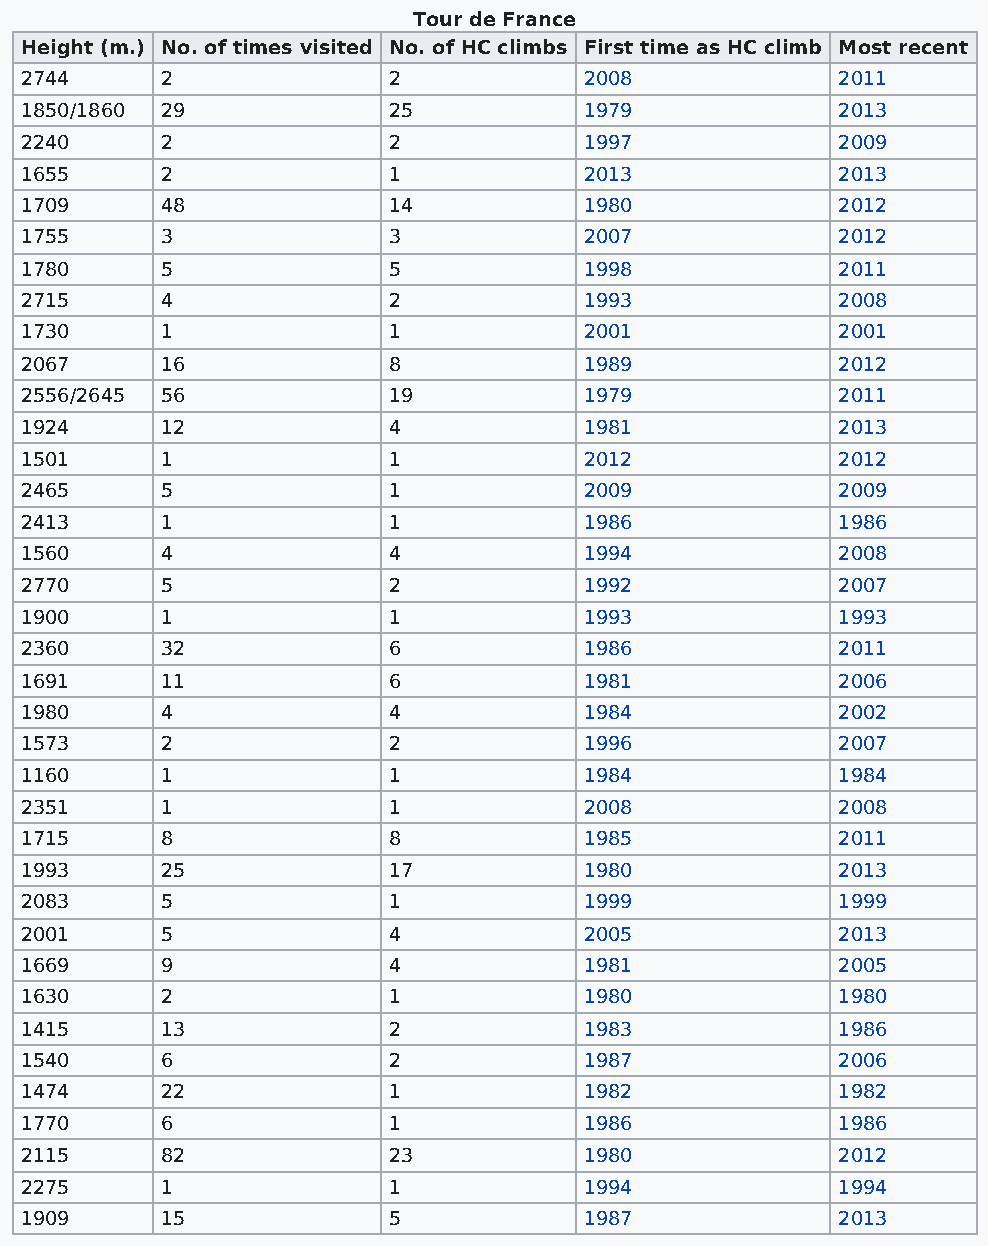
Tour de France
 Height (m.) No. of times visited No. of HC climbs First time as HC climb Most recent
 2744      2              2            2008            2011
 1850/1860 29             25           1979            2013
 2240      2              2            1997            2009
 1655      2              1            2013            2013
 1709      48             14           1980            2012
 1755      3              3            2007            2012
 1780      5              5            1998            2011
 2715      4              2            1993            2008
 1730      1              1            2001            2001
 2067      16             8            1989            2012
 2556/2645 56             19           1979            2011
 1924      12             4            1981            2013
 1501      1              1            2012            2012
 2465      5              1            2009            2009
 2413      1              1            1986            1986
 1560      4              4            1994            2008
 2770      5              2            1992            2007
 1900      1              1            1993            1993
 2360      32             6            1986            2011
 1691      11             6            1981            2006
 1980      4              4            1984            2002
 1573      2              2            1996            2007
 1160      1              1            1984            1984
 2351      1              1            2008            2008
 1715      8              8            1985            2011
 1993      25             17           1980            2013
 2083      5              1            1999            1999
 2001      5              4            2005            2013
 1669      9              4            1981            2005
 1630      2              1            1980            1980
 1415      13             2            1983            1986
 1540      6              2            1987            2006
 1474      22             1            1982            1982
 1770      6              1            1986            1986
 2115      82             23           1980            2012
 2275      1              1            1994            1994
 1909      15             5            1987            2013